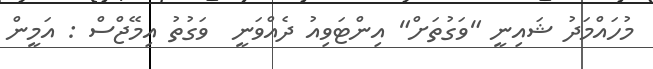
މުހައްމަދު ޝައިނީ "ވަގުތަށް" އިންޓަވިއު ދެއްވަނީ  ވަގުތު އިމޭޖްސް : އަމީން